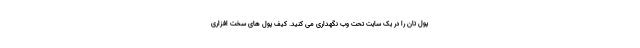
پول تان را در یک سایت تحت وب نگهداری می کنید. کیف پول های سخت افزاری